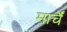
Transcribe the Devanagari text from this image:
मार्चें